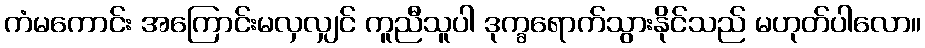
ကံမကောင်း အကြောင်းမလှလျှင် ကူညီသူပါ ဒုက္ခရောက်သွားနိုင်သည် မဟုတ်ပါလော။